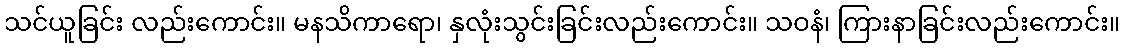
သင်ယူခြင်း လည်းကောင်း။ မနသိကာရော၊ နှလုံးသွင်းခြင်းလည်းကောင်း။ သဝနံ၊ ကြားနာခြင်းလည်းကောင်း။